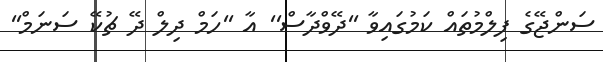
ސަންޖޭގެ ފިލްމުތައް ކަމުގައިވާ ''ދޭވްދާސް'' އާ ''ހަމް ދިލް ދޭ ޗުކޭ ސަނަމް''